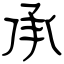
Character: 承